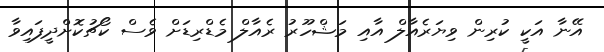
އޭނާ އަކީ ކުރިން ވިޔަރެއާލް އާއި މަޝްހޫރު ރެއާލް މެޑްރިޑަށް ވެސް ކޯޗުކޮށްދީފައިވާ